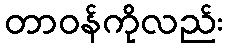
တာဝန်ကိုလည်း